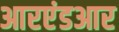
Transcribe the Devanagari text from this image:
आरएंडआर